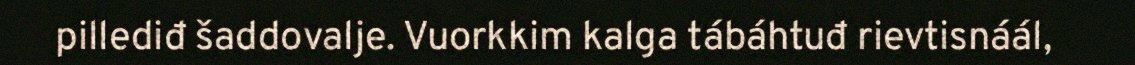
pillediđ šaddovalje. Vuorkkim kalga tábáhtuđ rievtisnáál,